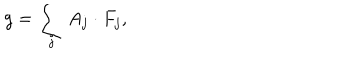
g = \sum _ { j } A _ { j } \cdot F _ { j } ,